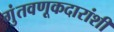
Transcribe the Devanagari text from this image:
गुंतवणूकदारांशी